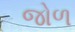
જોળ